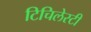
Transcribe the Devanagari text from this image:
टिचिलेस्टी